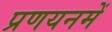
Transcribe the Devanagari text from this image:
प्रणयनमें